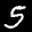
Label: 5